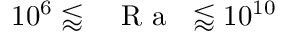
1 0 ^ { 6 } \lessapprox \mathrm { ~ \textit ~ { ~ R ~ a ~ } ~ } \lessapprox 1 0 ^ { 1 0 }